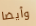
وأيضا